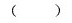
()